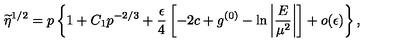
\widetilde { \eta } ^ { 1 / 2 } = p \left\{ 1 + C _ { 1 } p ^ { - 2 / 3 } + \frac { \epsilon } { 4 } \left[ - 2 c + g ^ { ( 0 ) } - \ln \left| \frac { E } { \mu ^ { 2 } } \right| \right] + o ( \epsilon ) \right\} ,